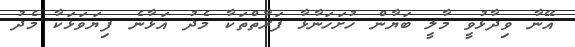
އޭނާ ވިދާޅުވީ މާލީ ބަޔާން ހުށަހަނާޅާ ފަރާތްތަކާ މެދު އަޅާނެ ފިޔަވަޅަކާ މެދު